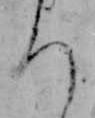
ち